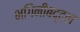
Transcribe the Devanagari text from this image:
भगिनींबद्दल